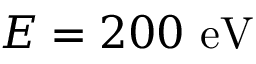
E = 2 0 0 ~ \mathrm { e V }